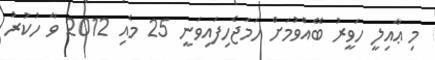
މި ޢާއިލީ ހަވީރު ބޭއްވުމަށް ހަމަޖެހިފައިވަނީ 25 މެއި 2012 ވާ ހުކުރު